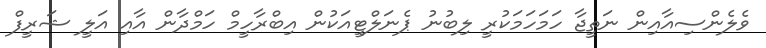
ވެލެންސިއާއިން ނަތީޖާ ހަމަހަމަކުރީ ލިބުނު ޕެނަލްޓީއަކުން އިބްރާހީމް ހަމްދާން އާއި އަލީ ޝަރީފް